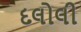
દલોલી